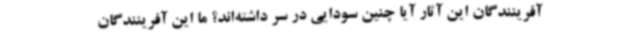
آفرینندگان این آثار آیا چنین سودایی در سر داشته‌اند؟ ما این آفرینندگان